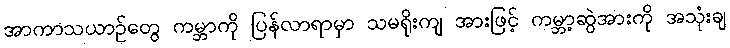
အာကာသယာဉ်တွေ ကမ္ဘာကို ပြန်လာရာမှာ သမရိုးကျ အားဖြင့် ကမ္ဘာ့ဆွဲအားကို အသုံးချ